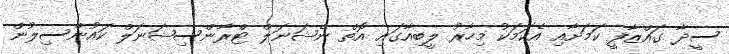
ސީދާ ގައްޒާފީ ކަމަށާއި އެކަމަކު މިހާރު ލީބިއާގައި އޮތް ނެޝަނަލް ޓްރާންސިޝަނަލް ކައުންސިލުން